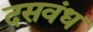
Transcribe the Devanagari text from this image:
दसवंध